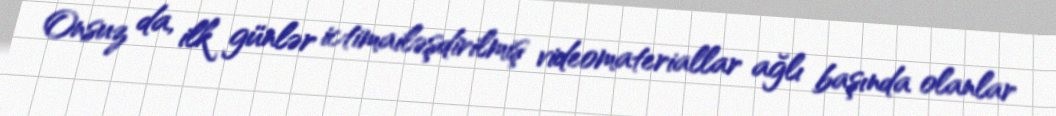
Onsuz da, ilk günlər ictimailəşdirilmiş videomateriallar ağlı başında olanlar